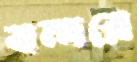
বন্দরে